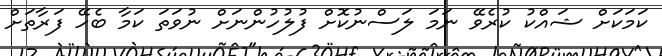
ކަމަކަށް ޝައްކު ކުރެވޭ ނަމަ ލަސްނުކޮށް ފުލުހުންނަށް ނުވަތަ ކަމާ ބެހޭ ފަރާތަށް